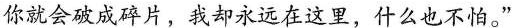
你就会破成碎片，我却永远在这里，什么也不怕。”